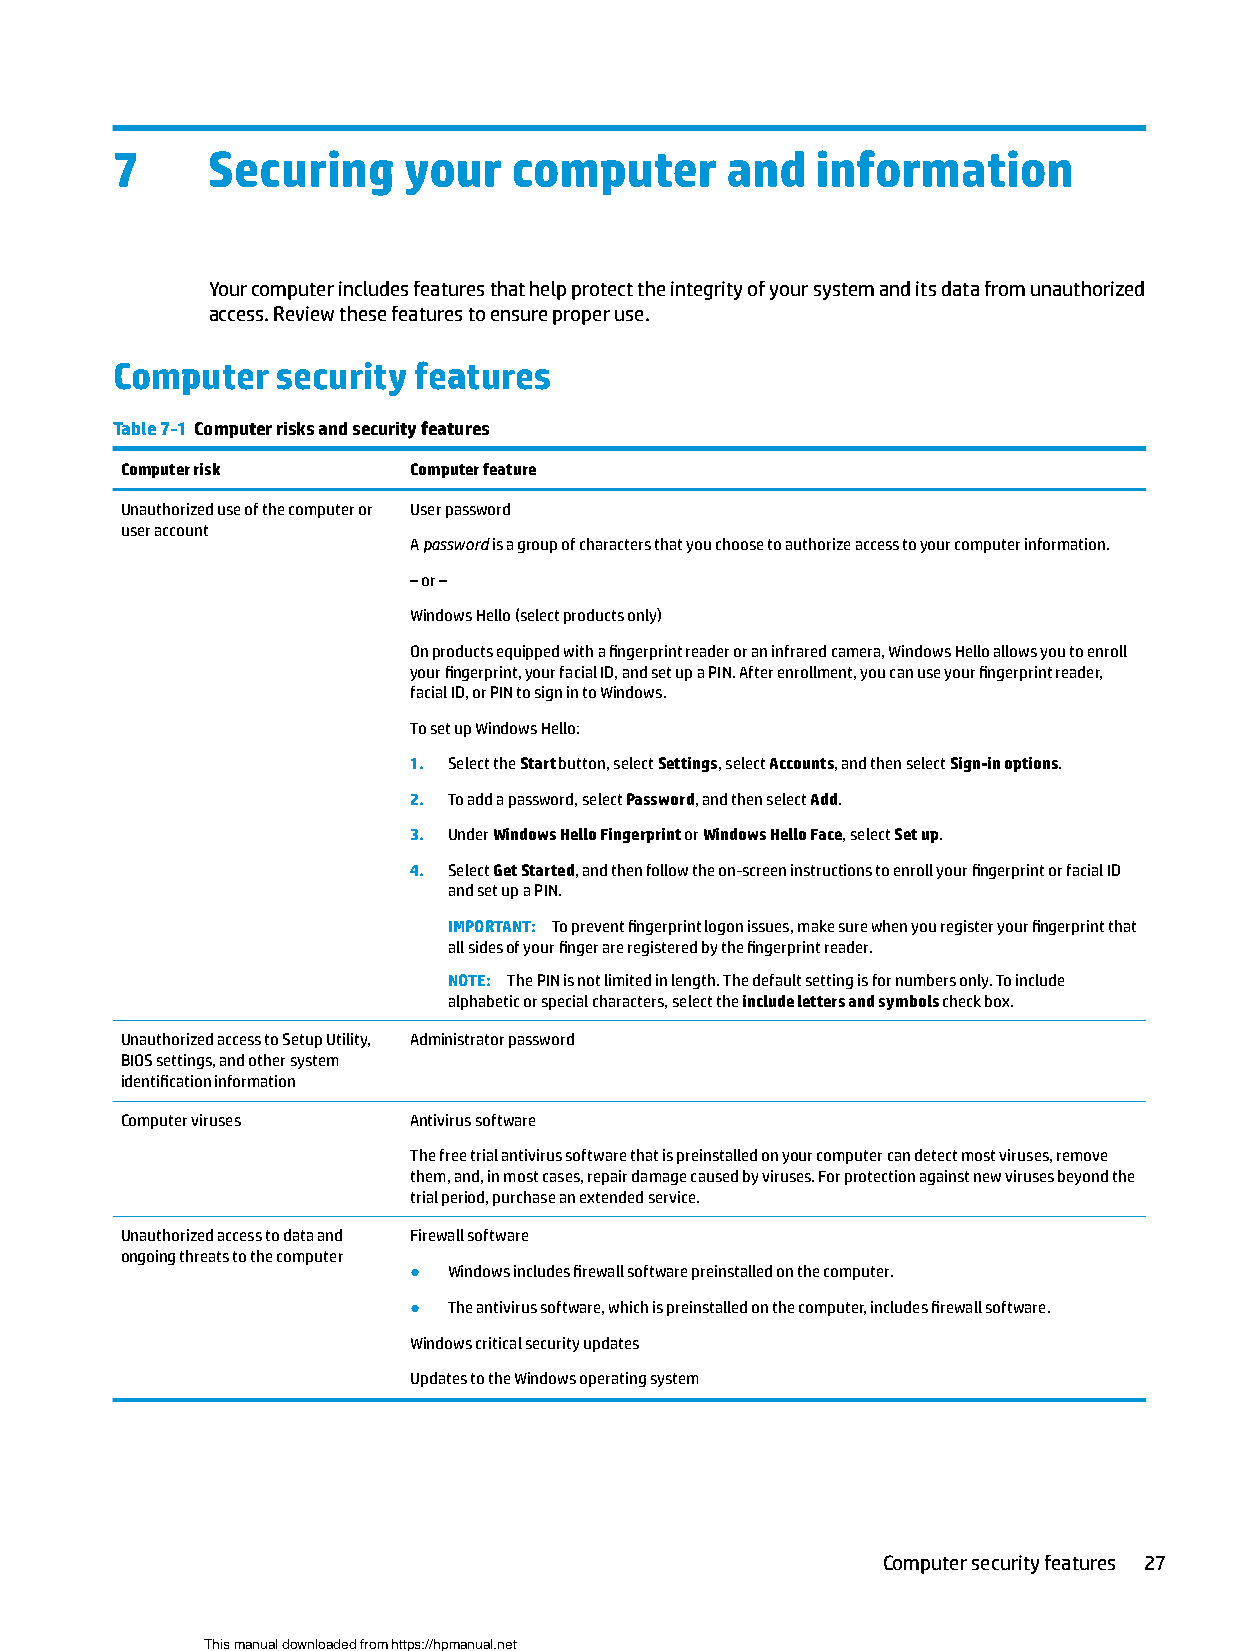
7      Securing     your   computer      and   information
 Your computer includes features that help protect the integrity of your system and its data from unauthorized
 access. Review these features to ensure proper use.
 Computer   security features
 Table 7-1 Computer risks and security features
 Computer risk      Computer feature
 Unauthorized use of the computer or User password
 user account
 A password is a group of characters that you choose to authorize access to your computer information.
 ‒ or –
 Windows Hello (select products only)
 On products equipped with a fingerprint reader or an infrared camera, Windows Hello allows you to enroll
 your fingerprint, your facial ID, and set up a PIN. After enrollment, you can use your fingerprint reader,
 facial ID, or PIN to sign in to Windows.
 To set up Windows Hello:
 1. Select the Start button, select Settings, select Accounts, and then select Sign-in options.
 2. To add a password, select Password, and then select Add.
 3. Under Windows Hello Fingerprint or Windows Hello Face, select Set up.
 4. Select Get Started, and then follow the on-screen instructions to enroll your fingerprint or facial ID
 and set up a PIN.
 IMPORTANT: To prevent fingerprint logon issues, make sure when you register your fingerprint that
 all sides of your finger are registered by the fingerprint reader.
 NOTE: The PIN is not limited in length. The default setting is for numbers only. To include
 alphabetic or special characters, select the include letters and symbols check box.
 Unauthorized access to Setup Utility, Administrator password
 BIOS settings, and other system
 identification information
 Computer viruses   Antivirus software
 The free trial antivirus software that is preinstalled on your computer can detect most viruses, remove
 them, and, in most cases, repair damage caused by viruses. For protection against new viruses beyond the
 trial period, purchase an extended service.
 Unauthorized access to data and Firewall software
 ongoing threats to the computer
 ●  Windows includes firewall software preinstalled on the computer.
 ●  The antivirus software, which is preinstalled on the computer, includes firewall software.
 Windows critical security updates
 Updates to the Windows operating system
 Computer security features 27
 This manual downloaded from https://hpmanual.net